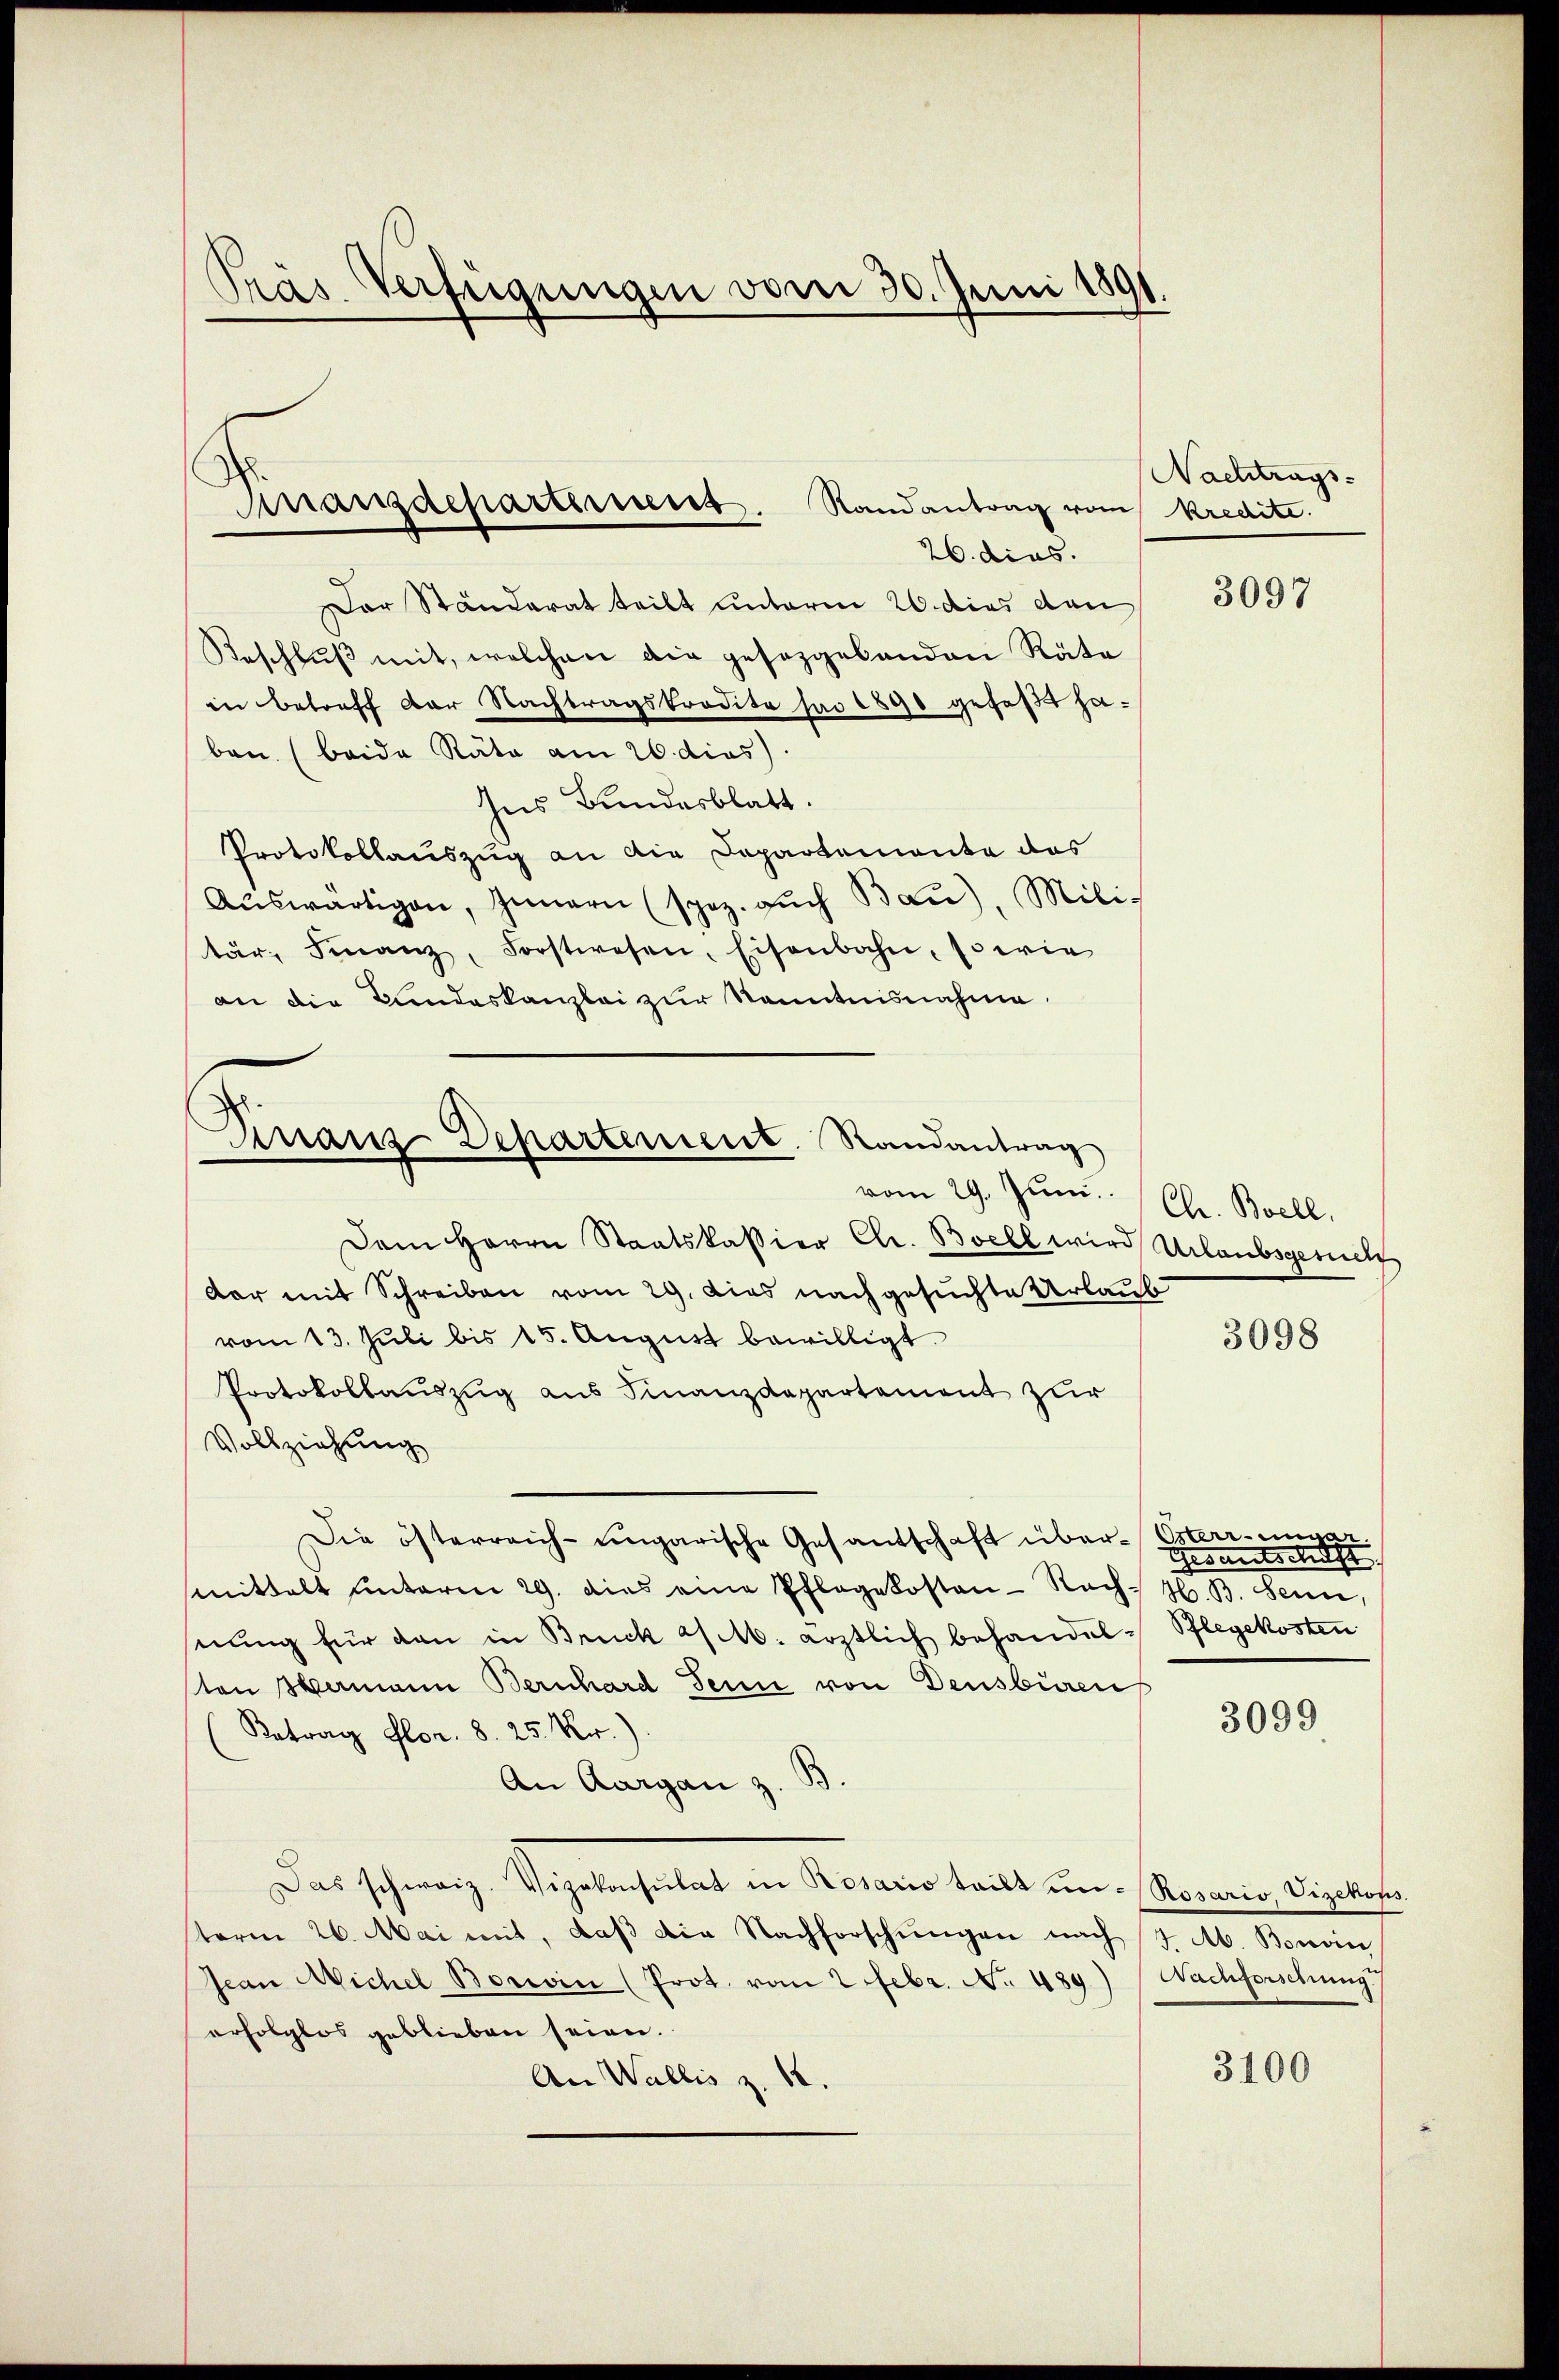
Präs. Verfügungen vom 30. Juni 1891

Finanzdepartement. Randantrag vom Kredite.
26. dies.

Der Ständerat teilt unterm 20. dies dan
Beschlŭβ mit, welchen die gesaggelanden Räte
in betreff der Nachtragskredita sai 1890 gefaßt haben. (beide Räte am 26. dies
Ins Bundesblatt.
Protokollauszug an die Departemonte das
Aŭswärtigen, Innern (spoz. auch Bau), Militär, Finanz, Forstwesen, Eisenbahn, sowie
an die Bundeskanzlei zur Kenntnisnahme.
vom 29. Juni. Chr. Boell.
Dem Herrn Staatskassier Chr. Boell wird Urlaubsgesucht
dar mit Schreiben vom 29. dies nachgesuchte Urlaub
vom 13. Juli bis 15. August bewilligt.
Protokollauszug aus Finanzdepartement zur
Vollziehung
Die österreich-ungarische Gesantschaft über-Österrenwar
smittelt unterm 29. dies eine Pflegekosten-Rach H. B. Senn,
snung für dan in Bruck a/M. ärztlich behandel-Pflegekosten
sten Mamann Bernhard Sein von Densbüren
Betrag Flor. 8. 25. Nr.)
An Aargau z. B
Das schweiz. Vizekonsulat in Rosario tritt un- (Rosario Vizekops
sterm 26. Mai mit, daβ die Nachforschungen nach 7. Ab. Bonoin
Jean Michel Boroin (Prot. vom 2 Febr. No. 489.) Nachforschung
erfolglos geblieben seien.
An Wallis z. 18.

Finanz Departement. Randantrag

Nachtrags-

3097

3098

Gesandtschaft

3099

3100